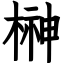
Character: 榊